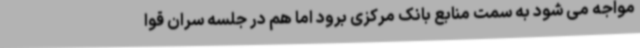
مواجه می شود به سمت منابع بانک مرکزی برود اما هم در جلسه سران قوا